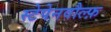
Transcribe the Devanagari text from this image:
स्टेपेनवौल्फ़